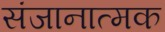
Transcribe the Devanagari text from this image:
संजानात्मक